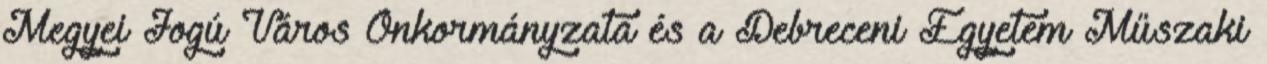
Megyei Jogú Város Önkormányzata és a Debreceni Egyetem Műszaki